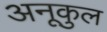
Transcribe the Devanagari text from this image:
अनूकुल